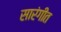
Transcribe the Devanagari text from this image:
सारंगीत